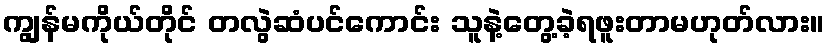
ကျွန်မကိုယ်တိုင် တလွဲဆံပင်ကောင်း သူနဲ့တွေ့ခဲ့ရဖူးတာမဟုတ်လား။